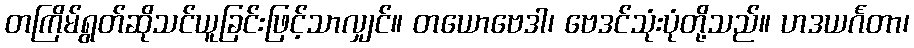
တကြိမ်ရွတ်ဆိုသင်ယူခြင်းဖြင့်သာလျှင်။ တယောဗေဒါ၊ ဗေဒင်သုံးပုံတို့သည်။ ဟဒယင်္ဂတာ၊